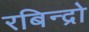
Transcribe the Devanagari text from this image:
रबिन्द्रो